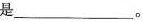
_________。